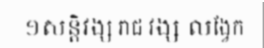
១សន្តិវង្ស រាជ វង្ស លង្វែក